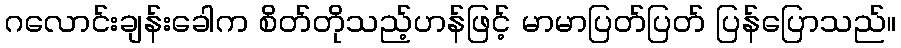
ဂလောင်းချန်းခေါက စိတ်တိုသည့်ဟန်ဖြင့် မာမာပြတ်ပြတ် ပြန်ပြောသည်။